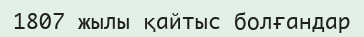
1807 жылы қайтыс болғандар